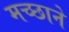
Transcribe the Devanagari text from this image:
मच्छाने